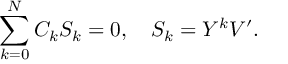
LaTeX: \sum _ { k = 0 } ^ { N } C _ { k } S _ { k } = 0 , \quad S _ { k } = { \cal Y } ^ { k } V ^ { \prime } .